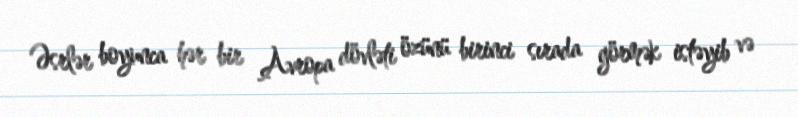
Əsrlər boyunca hər bir Avropa dövləti özünü birinci sırada görmək istəyib və